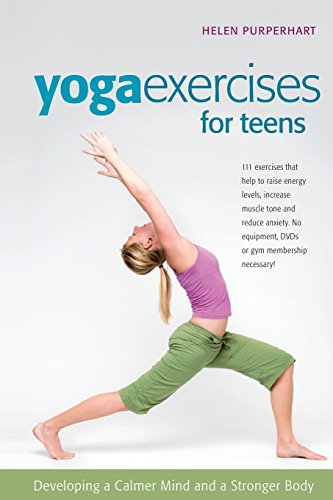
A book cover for Yoga Exercises for Teens: Developing a Calmer Mind and a Stronger Body (SmartFun Activity Books); Helen Purperhart; Health, Fitness & Dieting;